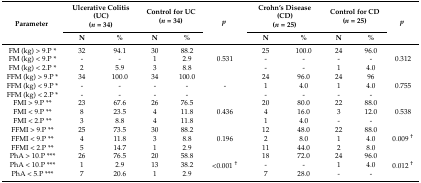
| <ROWSPAN=2> Parameter | <COLSPAN=2> Ulcerative Colitis (UC)(n = 34) | <COLSPAN=2> Control for UC(n = 34) | <ROWSPAN=2> p | <COLSPAN=2> Crohn’s Disease (CD)(n = 25) | <COLSPAN=2> Control for CD(n = 25) | <ROWSPAN=2> p |
 | N | % | N | % | N | % | N | % |
 | --- | --- | --- | --- | --- | --- | --- | --- | --- | --- | --- |
 | FM (kg) > 9.P * | 32 | 94.1 | 30 | 88.2 |  | 25 | 100.0 | 24 | 96.0 |  |
 | FM (kg) < 9.P * | - | - | 1 | 2.9 | 0.531 | - | - | - | - | 0.312 |
 | FM (kg) < 2.P * | 2 | 5.9 | 3 | 8.8 |  | - | - | 1 | 4.0 |  |
 | FFM (kg) > 9.P * | 34 | 100.0 | 34 | 100.0 |  | 24 | 96.0 | 24 | 96 |  |
 | FFM (kg) < 9.P * | - | - | - | - | - | 1 | 4.0 | 1 | 4.0 | 0.755 |
 | FFM (kg) < 2.P * | - | - | - | - |  | - | - | - | - |  |
 | FMI > 9.P ** | 23 | 67.6 | 26 | 76.5 |  | 20 | 80.0 | 22 | 88.0 |  |
 | FMI < 9.P ** | 8 | 23.5 | 4 | 11.8 | 0.436 | 4 | 16.0 | 3 | 12.0 | 0.538 |
 | FMI < 2.P ** | 3 | 8.8 | 4 | 11.8 |  | 1 | 4.0 | - | - |  |
 | FFMI > 9.P ** | 25 | 73.5 | 30 | 88.2 |  | 12 | 48.0 | 22 | 88.0 |  |
 | FFMI < 9.P ** | 4 | 11.8 | 3 | 8.8 | 0.196 | 2 | 8.0 | 1 | 4.0 | 0.009 † |
 | FFMI < 2.P ** | 5 | 14.7 | 1 | 2.9 |  | 11 | 44.0 | 2 | 8.0 |  |
 | PhA > 10.P *** | 26 | 76.5 | 20 | 58.8 |  | 18 | 72.0 | 24 | 96.0 |  |
 | PhA < 10.P *** | 1 | 2.9 | 13 | 38.2 | <0.001 † | - | - | 1 | 4.0 | 0.012 † |
 | PhA < 5.P *** | 7 | 20.6 | 1 | 2.9 |  | 7 | 28.0 | - | - |  |